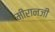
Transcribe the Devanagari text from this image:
मीरानजी